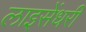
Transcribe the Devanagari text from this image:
लाइसेंधरी